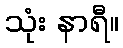
သုံး နာရီ။